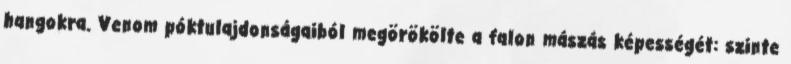
hangokra. Venom póktulajdonságaiból megörökölte a falon mászás képességét: szinte